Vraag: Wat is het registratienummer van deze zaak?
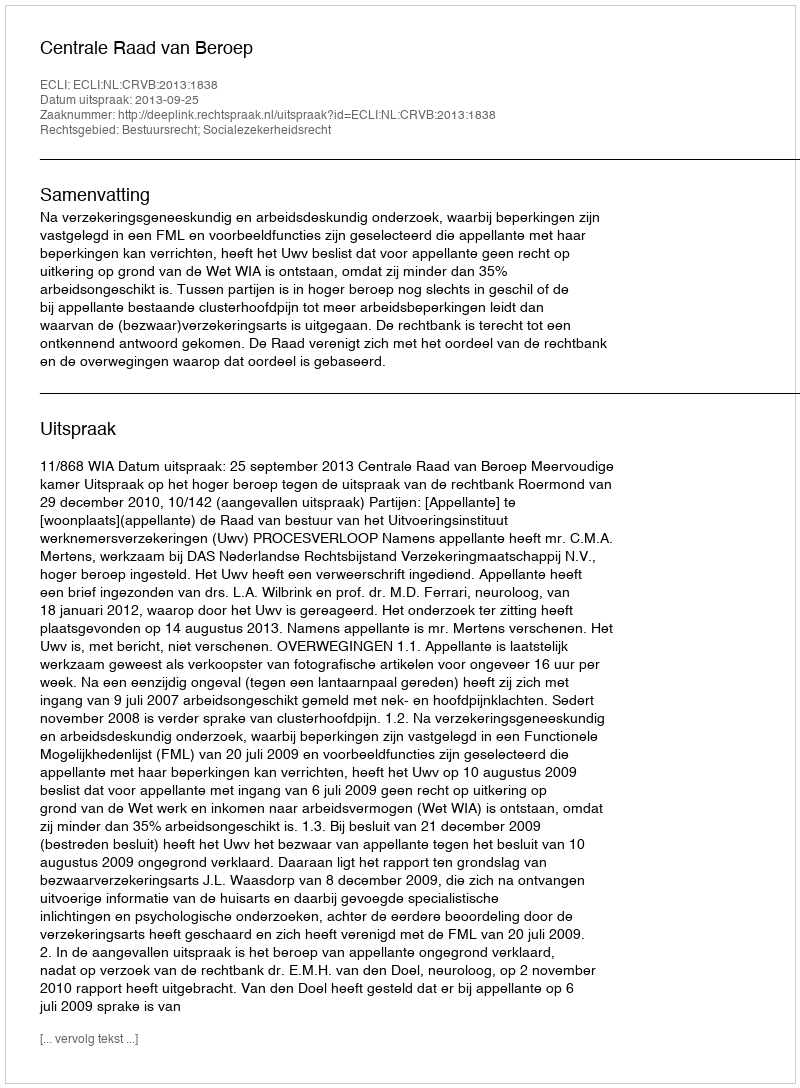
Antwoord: http://deeplink.rechtspraak.nl/uitspraak?id=ECLI:NL:CRVB:2013:1838